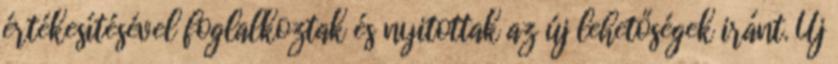
értékesítésével foglalkoztak és nyitottak az új lehetőségek iránt. Új